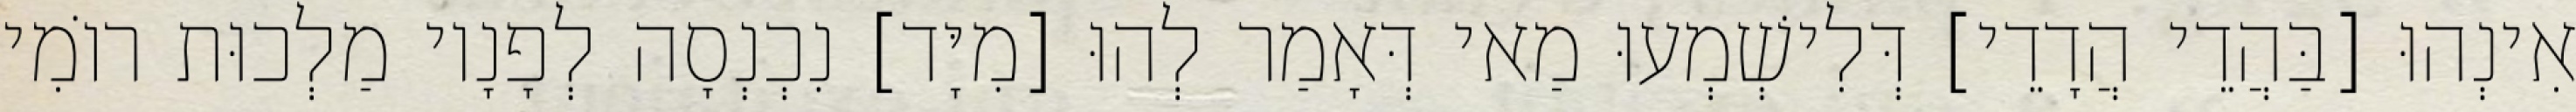
אִינְהוּ [בַּהֲדֵי הֲדָדֵי] דְּלִישְׁמְעוּ מַאי דְּאָמַר לְהוּ [מִיָּד] נִכְנְסָה לְפָנָיו מַלְכוּת רוֹמִי